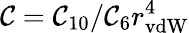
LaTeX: \mathcal{C}=\mathcal{C}_{10}/\mathcal{C}_{6}r_{\mathrm{{vdW}}}^{4}